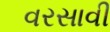
વરસાવી